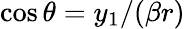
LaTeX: \cos\theta=y_{1}/(\beta r)